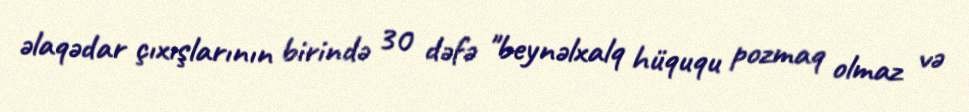
əlaqədar çıxışlarının birində 30 dəfə "beynəlxalq hüququ pozmaq olmaz və